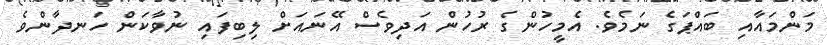
މަންމައާއި ބައްޕަގެ ނަމެވެ. އެމީހުންގެ ރުހުން އަދިވެސް އޭނައަށް ލިބިފައި ނުވާކަން ހަނދާންވެ